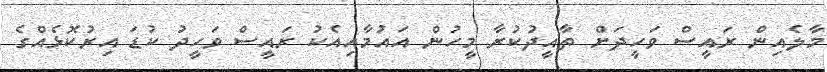
މާލެއިން ރައީސް ވަހީދަށް ތާއީދުކުރާ މީހުން އައުމާއިއެކު ރައީސް ވަހީދު ކުޑަ އިރުކޮޅެއްގެ